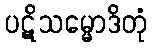
ပဋိသမ္မောဒိတုံ